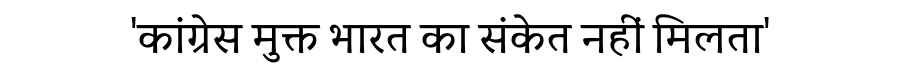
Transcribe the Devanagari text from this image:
'कांग्रेस मुक्त भारत का संकेत नहीं मिलता'